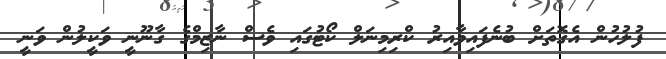
ފުލުހުން އެގޮތަށް ބުނެފައިވާއިރު ކްރިމިނަލް ކޯޓުގައި ވެސް ނާޒިމްގެ ގާނޫނީ ވަކީލުން ވަނީ